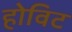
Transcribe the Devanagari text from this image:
होविट